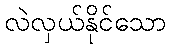
လဲလှယ်နိုင်သော